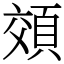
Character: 頝